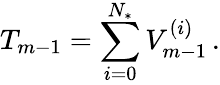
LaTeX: T_{m-1}=\sum_{i=0}^{{N_{*}}}V_{m-1}^{(i)}\, .